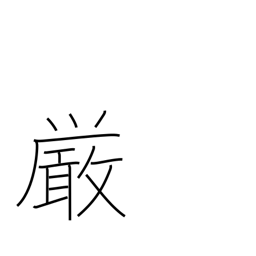
Meaning: rigidity